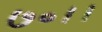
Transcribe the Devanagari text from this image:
७०।।